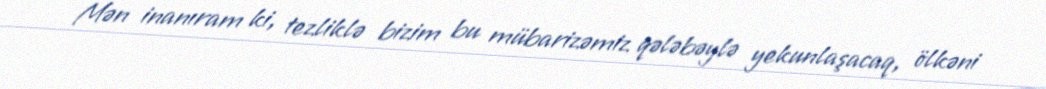
Mən inanıram ki, tezliklə bizim bu mübarizəmiz qələbəylə yekunlaşacaq, ölkəni